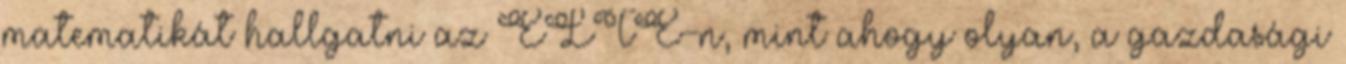
matematikát hallgatni az ELTE-n, mint ahogy olyan, a gazdasági